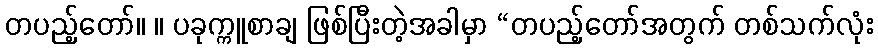
တပည့်တော်။ ။ ပခုက္ကူစာချ ဖြစ်ပြီးတဲ့အခါမှာ “တပည့်တော်အတွက် တစ်သက်လုံး